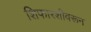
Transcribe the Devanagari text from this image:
शिफारशीवरून